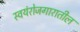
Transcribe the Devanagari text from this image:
स्वयंरोजगारातील